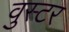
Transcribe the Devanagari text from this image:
वुस्टर